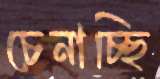
চেনাচ্ছি